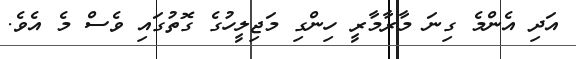
އަދި އެންމެ ގިނަ މާރާމާރީ ހިންގި މަޖިލީހުގެ ގޮތުގައި ވެސް މެ އެވެ.